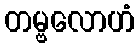
တမ္ဗလောဟံ